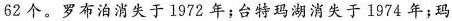
62个。罗布泊消失于1972年；台特玛湖消交于1974年；玛